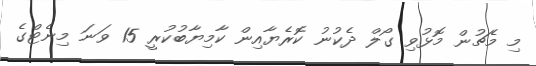
މި މެޗުން މޮޅުވި ގޯލް ދެކުނު ކޮރެޔާއިން ކާމިޔާބުކުރީ 15 ވަނަ މިނެޓްގެ